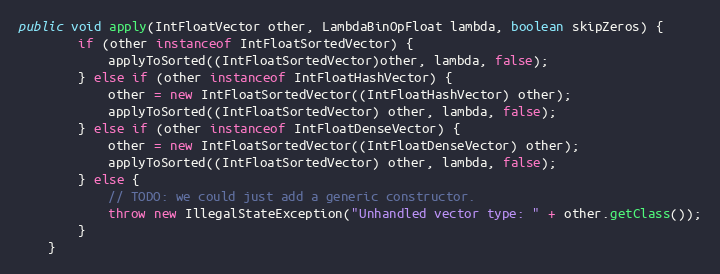
Language: Java
public void apply(IntFloatVector other, LambdaBinOpFloat lambda, boolean skipZeros) {
        if (other instanceof IntFloatSortedVector) {
            applyToSorted((IntFloatSortedVector)other, lambda, false);
        } else if (other instanceof IntFloatHashVector) {
            other = new IntFloatSortedVector((IntFloatHashVector) other);
            applyToSorted((IntFloatSortedVector) other, lambda, false);
        } else if (other instanceof IntFloatDenseVector) {
            other = new IntFloatSortedVector((IntFloatDenseVector) other);
            applyToSorted((IntFloatSortedVector) other, lambda, false);
        } else {
            // TODO: we could just add a generic constructor.
            throw new IllegalStateException("Unhandled vector type: " + other.getClass());
        }
    }